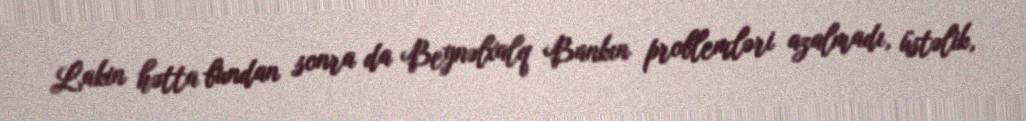
Lakin hətta bundan sonra da Beynəlxalq Bankın problemləri azalmadı, üstəlik,